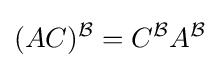
(AC)^{\mathcal {B}}=C^{\mathcal {B}}A^{\mathcal {B}}